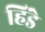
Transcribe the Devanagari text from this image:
हिंडे